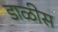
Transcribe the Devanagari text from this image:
डाळीस